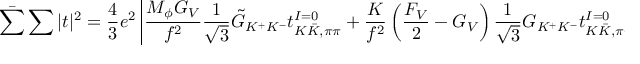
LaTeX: \bar { \sum } \sum | t | ^ { 2 } = \frac { 4 } { 3 } e ^ { 2 } \left| \frac { M _ { \phi } G _ { V } } { f ^ { 2 } } \frac { 1 } { \sqrt { 3 } } \tilde { G } _ { K ^ { + } K ^ { - } } t _ { K \bar { K } , \pi \pi } ^ { I = 0 } + \frac { K } { f ^ { 2 } } \left( \frac { F _ { V } } { 2 } - G _ { V } \right) \frac { 1 } { \sqrt { 3 } } G _ { K ^ { + } K ^ { - } } t _ { K \bar { K } , \pi \pi } ^ { I = 0 } \right| ^ { 2 }